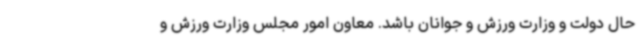
حال دولت و وزارت ورزش و جوانان باشد. معاون امور مجلس وزارت ورزش و